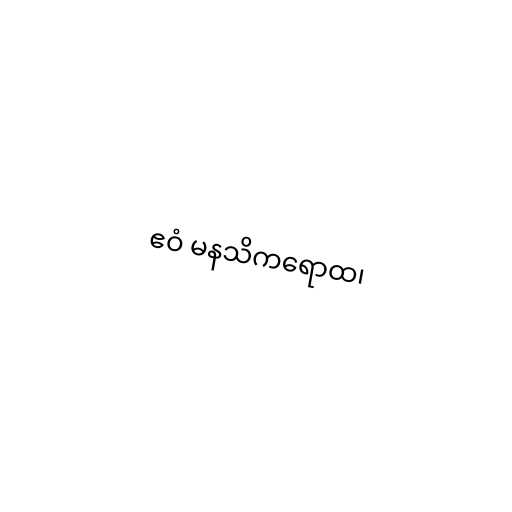
ဧဝံ မနသိကရောထ၊